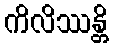
ကိလိဿန္တိ